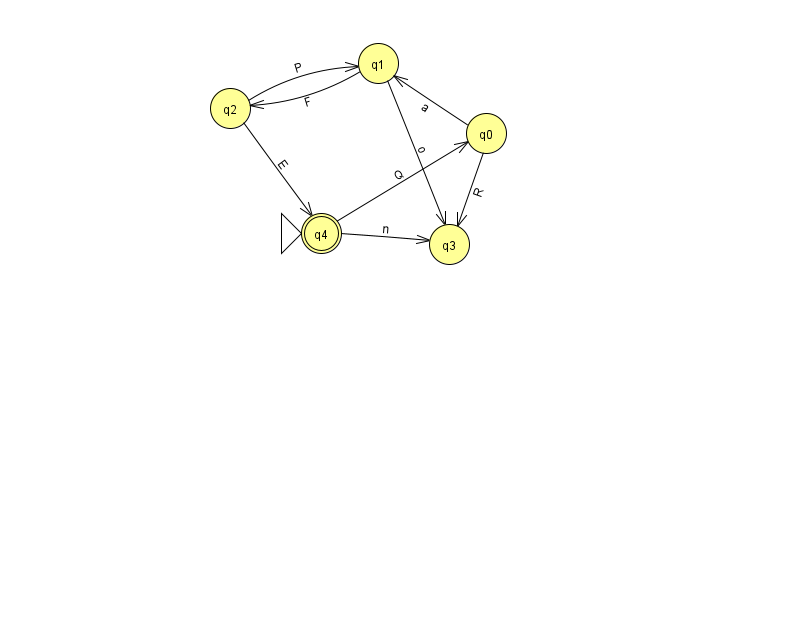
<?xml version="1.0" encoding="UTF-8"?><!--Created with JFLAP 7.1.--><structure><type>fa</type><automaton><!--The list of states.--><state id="0" name="q0"><x>486.0</x><y>120.0</y></state><state id="1" name="q1"><x>378.0</x><y>50.0</y></state><state id="2" name="q2"><x>230.0</x><y>95.0</y></state><state id="3" name="q3"><x>449.0</x><y>231.0</y></state><state id="4" name="q4"><x>321.0</x><y>220.0</y><initial/><final/></state><!--The list of transitions.--><transition><from>4</from><to>0</to><read>Q</read></transition><transition><from>1</from><to>3</to><read>o</read></transition><transition><from>2</from><to>4</to><read>E</read></transition><transition><from>0</from><to>3</to><read>R</read></transition><transition><from>4</from><to>3</to><read>n</read></transition><transition><from>0</from><to>1</to><read>a</read></transition><transition><from>1</from><to>2</to><read>F</read></transition><transition><from>2</from><to>1</to><read>P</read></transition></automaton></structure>